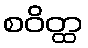
စဝိတ္ထ